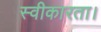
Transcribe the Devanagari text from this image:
स्वीकारता।